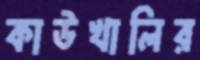
কাউখালির